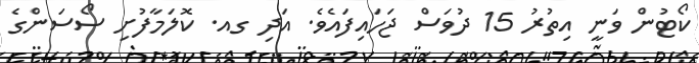
ކޯޓުން ވަނީ އިތުރު 15 ދުވަސް ޖަހައިފައެވެ. އަދި ގއ. ކޮލަމާފުށި ސޯސަންގެ